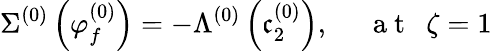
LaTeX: \Sigma^{(0)}\left(\varphi_{f}^{(0)}\right)=-\Lambda^{(0)}\left(\mathfrak{c}_{2}^{(0)}\right),~~~~~\mathrm{{~a~t~}}~~\zeta=1